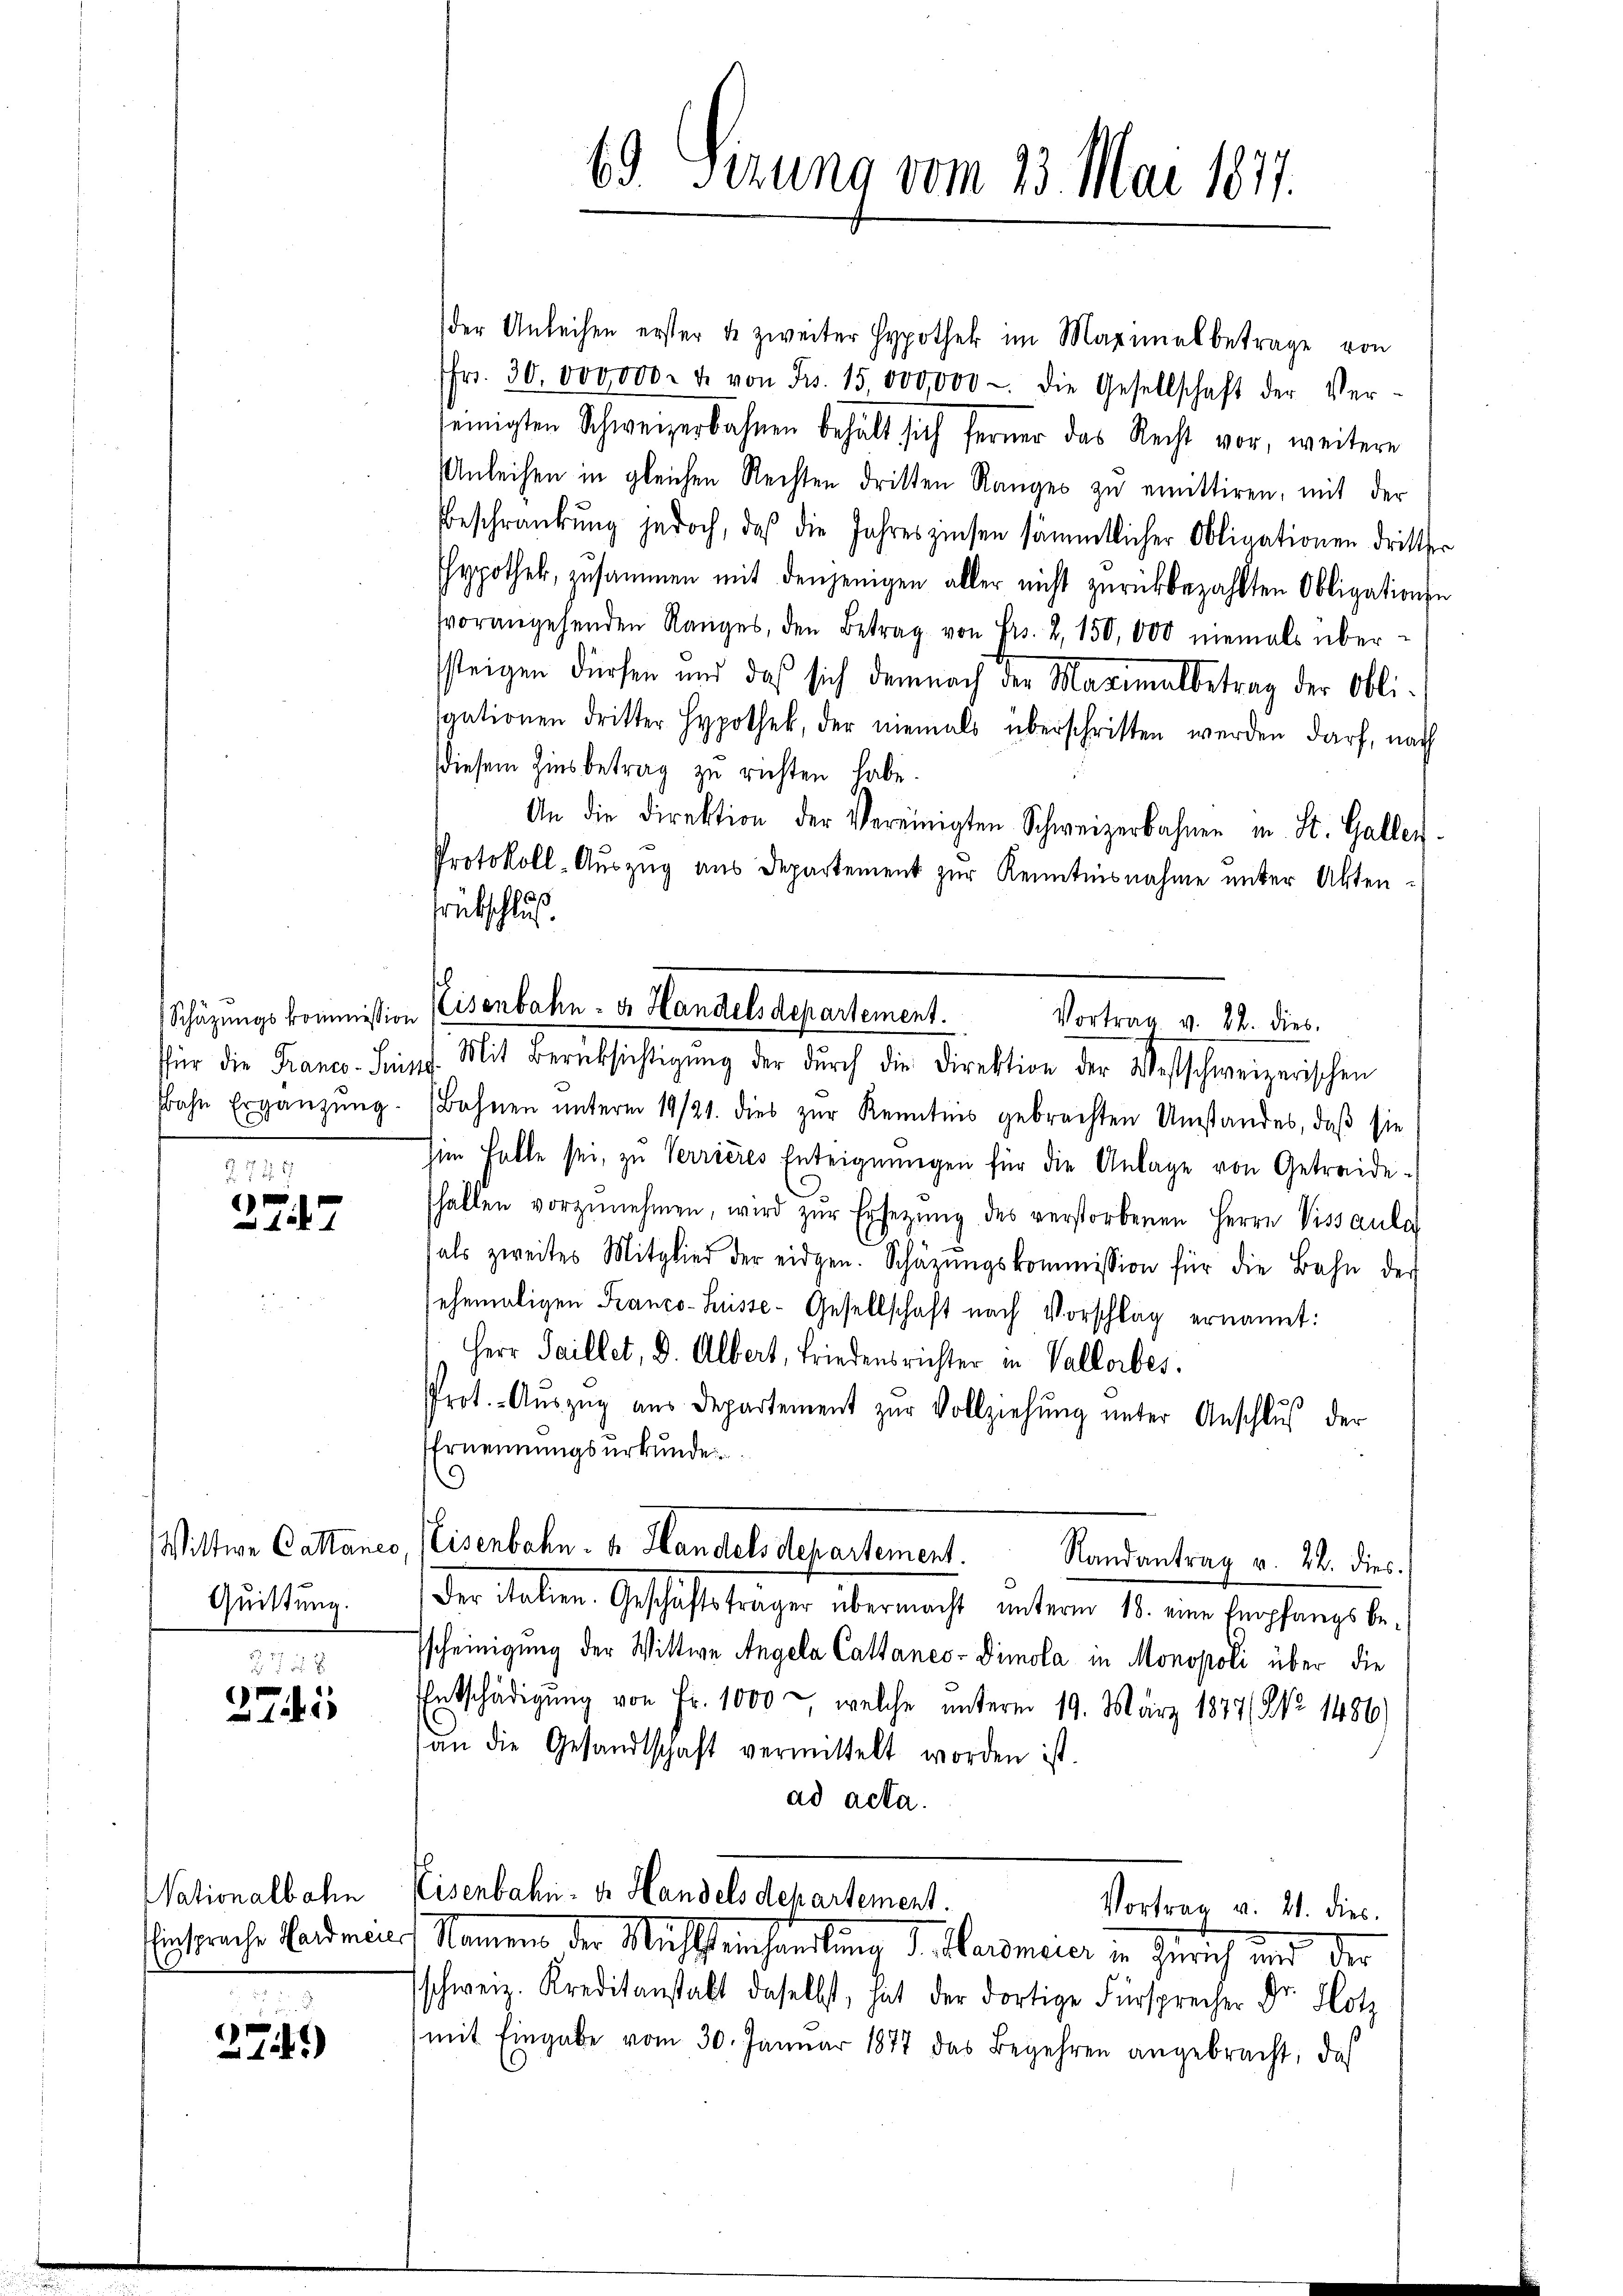
Schüzungskommission
Pfür die Franco- Frist
Bahn Ergänzung.
.

742
m
Z. 187

Quittung.

3758
371

Nationalbahn

279)

69. Serung vom 23. Mai 1817.

der Anleihen erster u. zweiter Hypothek im Maximalbetrage von
fr. 30. 000,000. u. von Fr. 15,000,000 die Gesellschaft der Ver-
seinigten Schweizerbahnen behält sich ferner das Recht vor, weitere
Anleihen in gleichen Rechten dritten Ranges zu emittiren, mit der
Beschränkung jedoch, daß die Jahreszinsen sämmtlicher Obligationen dritter
hypothek, zusammen mit denjenigen aller nicht zŭrückbezahlten Obligationsn
vorangehenden Ranges, den Betrag von Frs. 2, 150,000 niemals übersteigen dürfen und daß sich demnach der Maximalbetrag der Obli-
aationen dritter Hypothek, der niemals überschriften werden darf, nach
diesem Zinsbetrag zu richten habe.
An die Direktion der Vereinigten Schweizerbahnen u. St. Galler.
Protokoll-Aŭszŭg ans Departement zŭr Kenntnisnahme unter Akten-
Erückschluß.
.
Eisenbahn er Handels Repartement.
Vortrag v. 22. dies
. Mit Berüksichtigŭng der dŭrch die Direktion der Westschweizerischen
Bahnen ŭnterm 19/21. dies zŭr Kenntnis gebrachten Umstandes, daß sie
him Halle sei, zu Verrieres Enteignungen für die Anlage von Getreideshalten vorzŭnehmen, wird zŭr Ersetzŭng des verstorbenen Herrn Vissaula
als zweites Mitglied der eidgen. Schäzŭngskommission für die Bahn der
ehemaligen Franco-Suisse- Gesellschaft nach Vorschlag ernannt:
Herr Saillet, d. Albert, Friedensrichter in Vallorbes.
Prot. Aŭszŭg aŭs departement zŭr Vollziehŭng ŭnter Anschlŭβ der
Ernennungsurkunde

Wittwe Cataner, Keisenbahn. v. Handels departement. Randantrag v. 22. dies

Der italien. Geschäftsträger übermacht unterm 18. eine Empfangsbe¬
Tscheinigung der Wittwe Angela Cattanco-Dimola in Monopoli über die
Entschädigung von Fr. 1000, welche unterm 19. März 1877, No 1486)
an die Gesandtschaft vermittelt worden ist.
ad acta.
Eisenbahn- dr Handels departement.
Vortrag v. 21. dies
Extrache Landmals Namen der Michstenhandlung d. Marismaier in Zürich und der
schweiz. Kreditanstalt daselbst, hat der dortige Fürsprecher Dr. Hotz
mit Eingabe vom 30. Januar 1877 das Begehren angebracht, daß